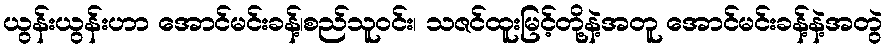
ယွန်းယွန်းဟာ အောင်မင်းခန့်၊စည်သူ၀င်း၊ သဇင်ထူးမြင့်တို့နဲ့အတူ အောင်မင်းခန့်နဲ့အတွဲ